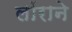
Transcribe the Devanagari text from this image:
लॉराने